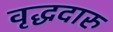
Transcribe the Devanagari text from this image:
वृद्धदारु